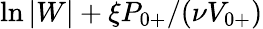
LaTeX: \ln|W|+\xi{P}_{0+}/(\nu V_{0+})